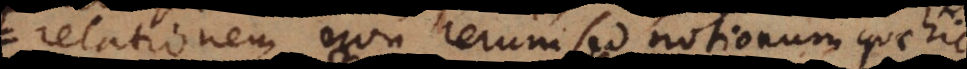
relationem non rerum sed notionum quae se